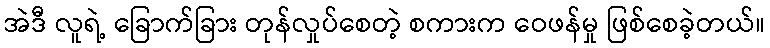
အဲဒီ လူရဲ့ ခြောက်ခြား တုန်လှုပ်စေတဲ့ စကားက ဝေဖန်မှု ဖြစ်စေခဲ့တယ်။